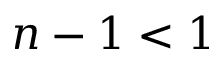
n - 1 < 1